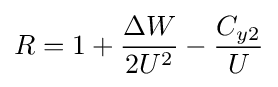
R=1+{\frac {\Delta W}{2U^{2}}}-{\frac {C_{y2}}{U}}